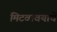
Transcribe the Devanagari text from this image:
मिटवावयाचें